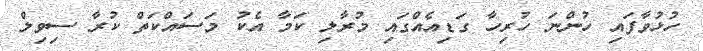
ހުޅުވާފައި ހުންނަ ހުރިހާ ގަޑިއެއްގައި މުރާލި ކަމާ އެކު މަސައްކަތް ކުރާ ސިވިލް